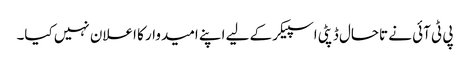
پی ٹی آئی نے تاحال ڈپٹی اسپیکر کے لیے اپنے امیدوار کا اعلان نہیں کیا۔